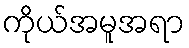
ကိုယ်အမူအရာ